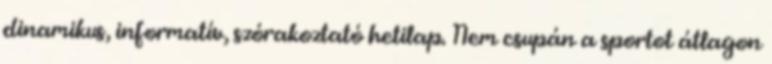
dinamikus, informatív, szórakoztató hetilap. Nem csupán a sportot átlagon